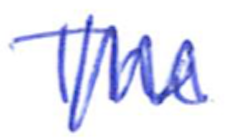
Text: The
Cross-out: zig-zag
Writing tool: ballpoint